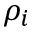
\rho _ { i }